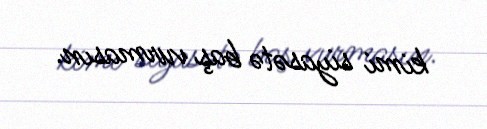
kimi siyasətə baş vurmasın.